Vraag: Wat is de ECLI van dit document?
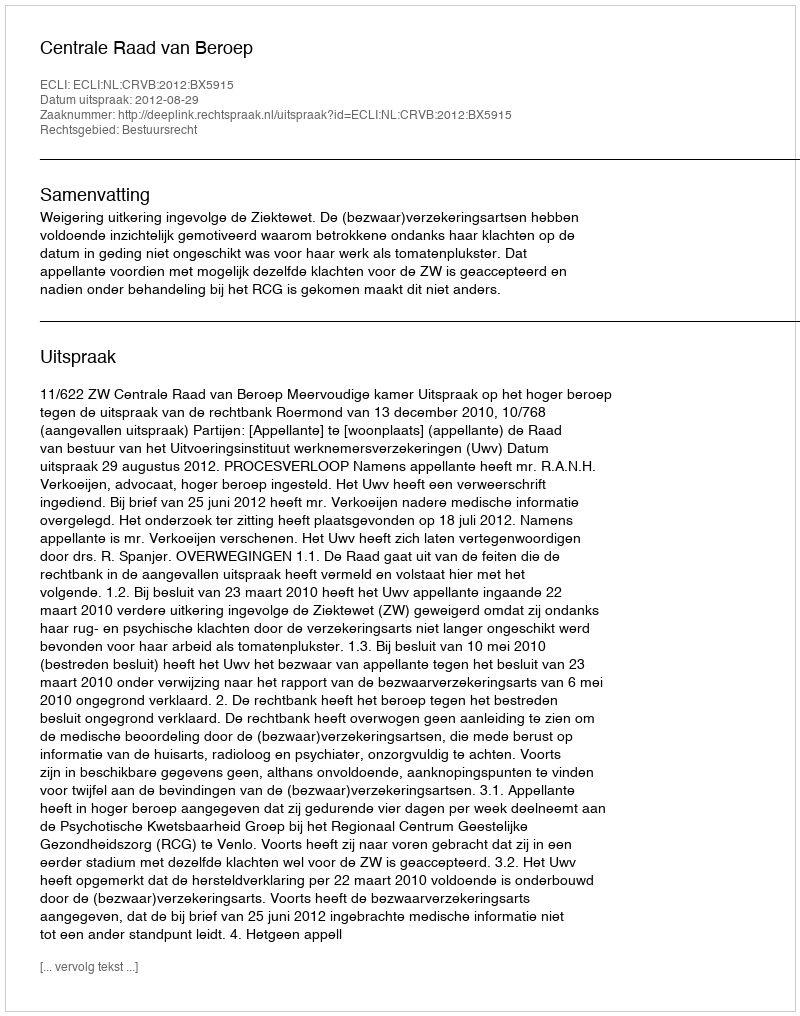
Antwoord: ECLI:NL:CRVB:2012:BX5915